Indian Medical Review
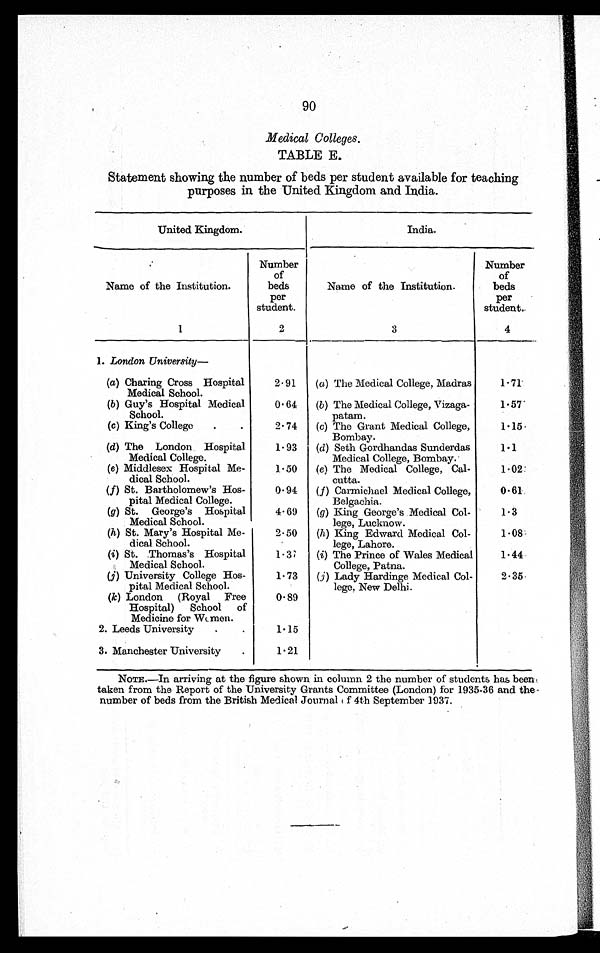
90
Medical Colleges.
TABLE E.
Statement showing the number of beds per student available for teaching
purposes in the United Kingdom and India.
United Kingdom.
India.
Name of the Institution.
Number
of
beds
per
student.
Name of the Institution.
Number
of
beds
per
student..
1
2
3
4
1. London University
(a) Charing Cross Hospital
Medical School.
2.91
(a) The Medical College, Madras
1.71
(b) Guy's Hospital Medical
School.
0.64
(b) The Medical College, Vizaga-
patam.
1.57
(c) King's College
.
.
2.74
(c) The Grant Medical College,
Bombay.
1.15
(d) The London Hospital
Medical College.
1.93
(d) Seth Gordhandas Sunderdas
Medical College, Bombay.
1.1
(e) Middlesex Hospital Me-
dical School.
1.50
(e) The Medical College, Cal-
cutta.
1.02
(f) St. Bartholomew's Hos-
pital Medical College.
0.94
(f) Carmichael Medical College,
Belgachia.
0.61
(g) St. George's Hospital
Medical School.
4.69
(g) King George's Medical Col-
lege, Lucknow.
1.3
(h) St. Mary's Hospital Me-
dical School.
2.50
(h) King Edward Medical Col-
lege, Lahore.
1.08
(i) St. Thomas's Hospital
Medical School.
1.37
(i) The Prince of Wales Medical
College, Patna.
1.44
(j) University College Hos-
pital Medical School.
1.73
(j) Lady Hardinge Medical Col-
lege, New Delhi.
2.35.
(k) London (Royal Free
Hospital) School of
Medicine for Women.
0.89
2. Leeds University
.
.
1.15
3. Manchester University
.
1.21
NOTE.—In arriving at the figure shown in column 2 the number of students has been!
taken from the Report of the University Grants Committee (London) for 1935-36 and the-
number of beds from the British Medical Journal of 4th September 1937.